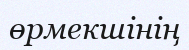
өрмекшінің